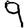
Digit: 9